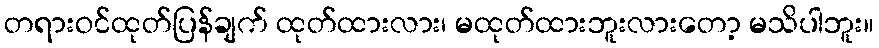
တရားဝင်ထုတ်ပြန်ချက် ထုတ်ထားလား၊ မထုတ်ထားဘူးလားတော့ မသိပါဘူး။